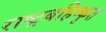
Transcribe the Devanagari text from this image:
राष्ट्रबहिष्कृत